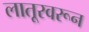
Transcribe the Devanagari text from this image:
लातूरवरून